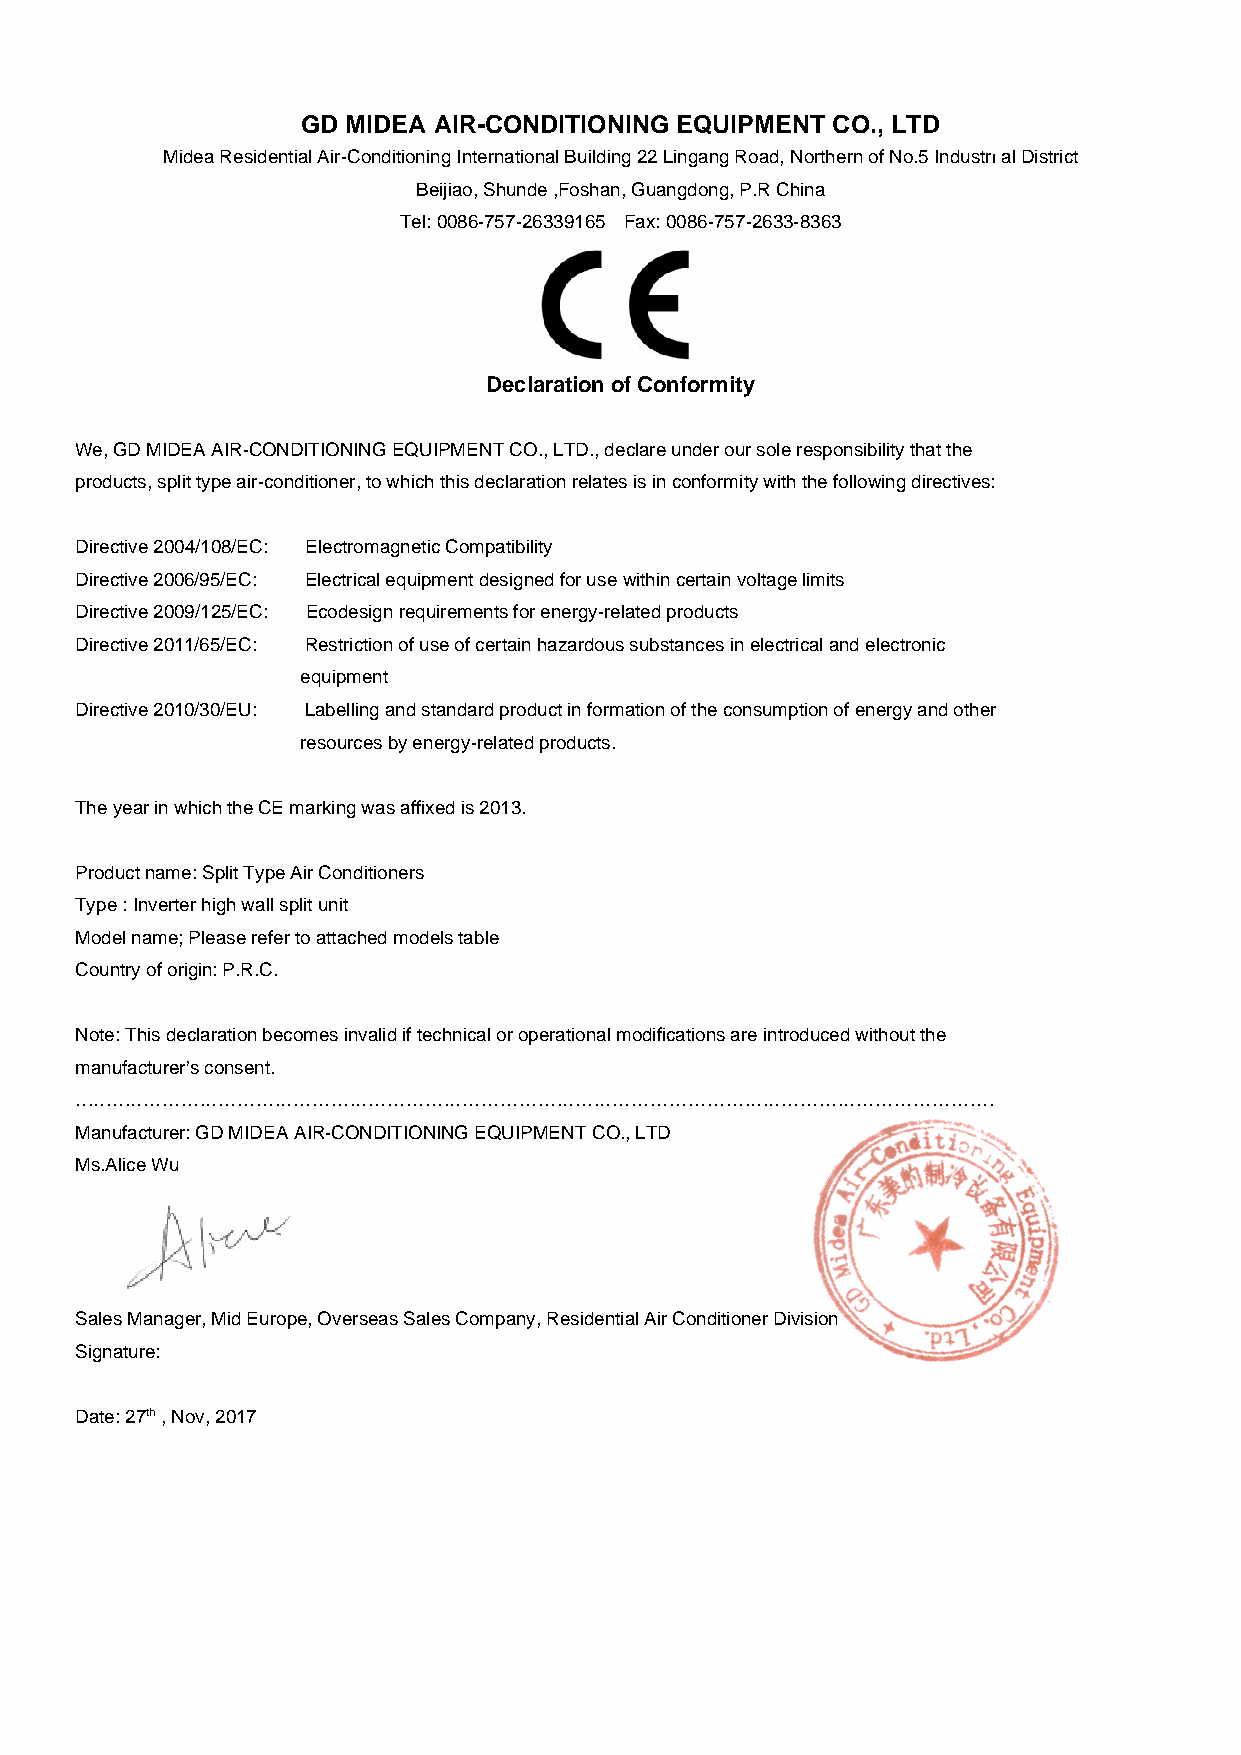
GD MIDEA AIR-CONDITIONING EQUIPMENT CO., LTD
 Midea Residential Air-Conditioning International Building 22 Lingang Road, Northern of No.5 Industrıal District
 Beijiao, Shunde ,Foshan, Guangdong, P.R China
 Tel: 0086-757-26339165 Fax: 0086-757-2633-8363
 Declaration of Conformity
 We, GD MIDEA AIR-CONDITIONING EQUIPMENT CO., LTD., declare under our sole responsibility that the
 products, split type air-conditioner, to which this declaration relates is in conformity with the following directives:
 Directive 2004/108/EC: Electromagnetic Compatibility
 Directive 2006/95/EC: Electrical equipment designed for use within certain voltage limits
 Directive 2009/125/EC: Ecodesign requirements for energy-related products
 Directive 2011/65/EC: Restriction of use of certain hazardous substances in electrical and electronic
 equipment
 Directive 2010/30/EU: Labelling and standard product in formation of the consumption of energy and other
 resources by energy-related products.
 The year in which the CE marking was affixed is 2013.
 Product name: Split Type Air Conditioners
 Type : Inverter high wall split unit
 Model name; Please refer to attached models table
 Country of origin: P.R.C.
 Note: This declaration becomes invalid if technical or operational modifications are introduced without the
 manufacturer’s consent.
 …………………………………………………………………………………………………………………………………
 Manufacturer: GD MIDEA AIR-CONDITIONING EQUIPMENT CO., LTD
 Ms.Alice Wu
 Sales Manager, Mid Europe, Overseas Sales Company, Residential Air Conditioner Division
 Signature:
 Date: 27th , Nov, 2017